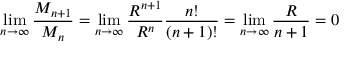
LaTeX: \operatorname* { l i m } _ { n \to \infty } { \frac { M _ { n + 1 } } { M _ { n } } } = \operatorname* { l i m } _ { n \to \infty } { \frac { R ^ { n + 1 } } { R ^ { n } } } { \frac { n ! } { ( n + 1 ) ! } } = \operatorname* { l i m } _ { n \to \infty } { \frac { R } { n + 1 } } = 0